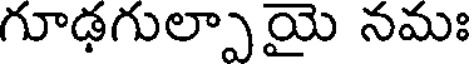
గూఢగుల్పాయై నమః